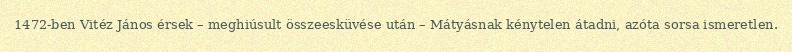
1472-ben Vitéz János érsek – meghiúsult összeesküvése után – Mátyásnak kénytelen átadni, azóta sorsa ismeretlen.